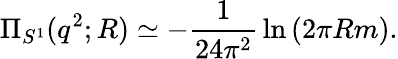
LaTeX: \Pi_{S^{1}}(q^{2};R)\simeq-{\frac{1}{24\pi^{2}}}\ln\left(2\pi Rm\right).